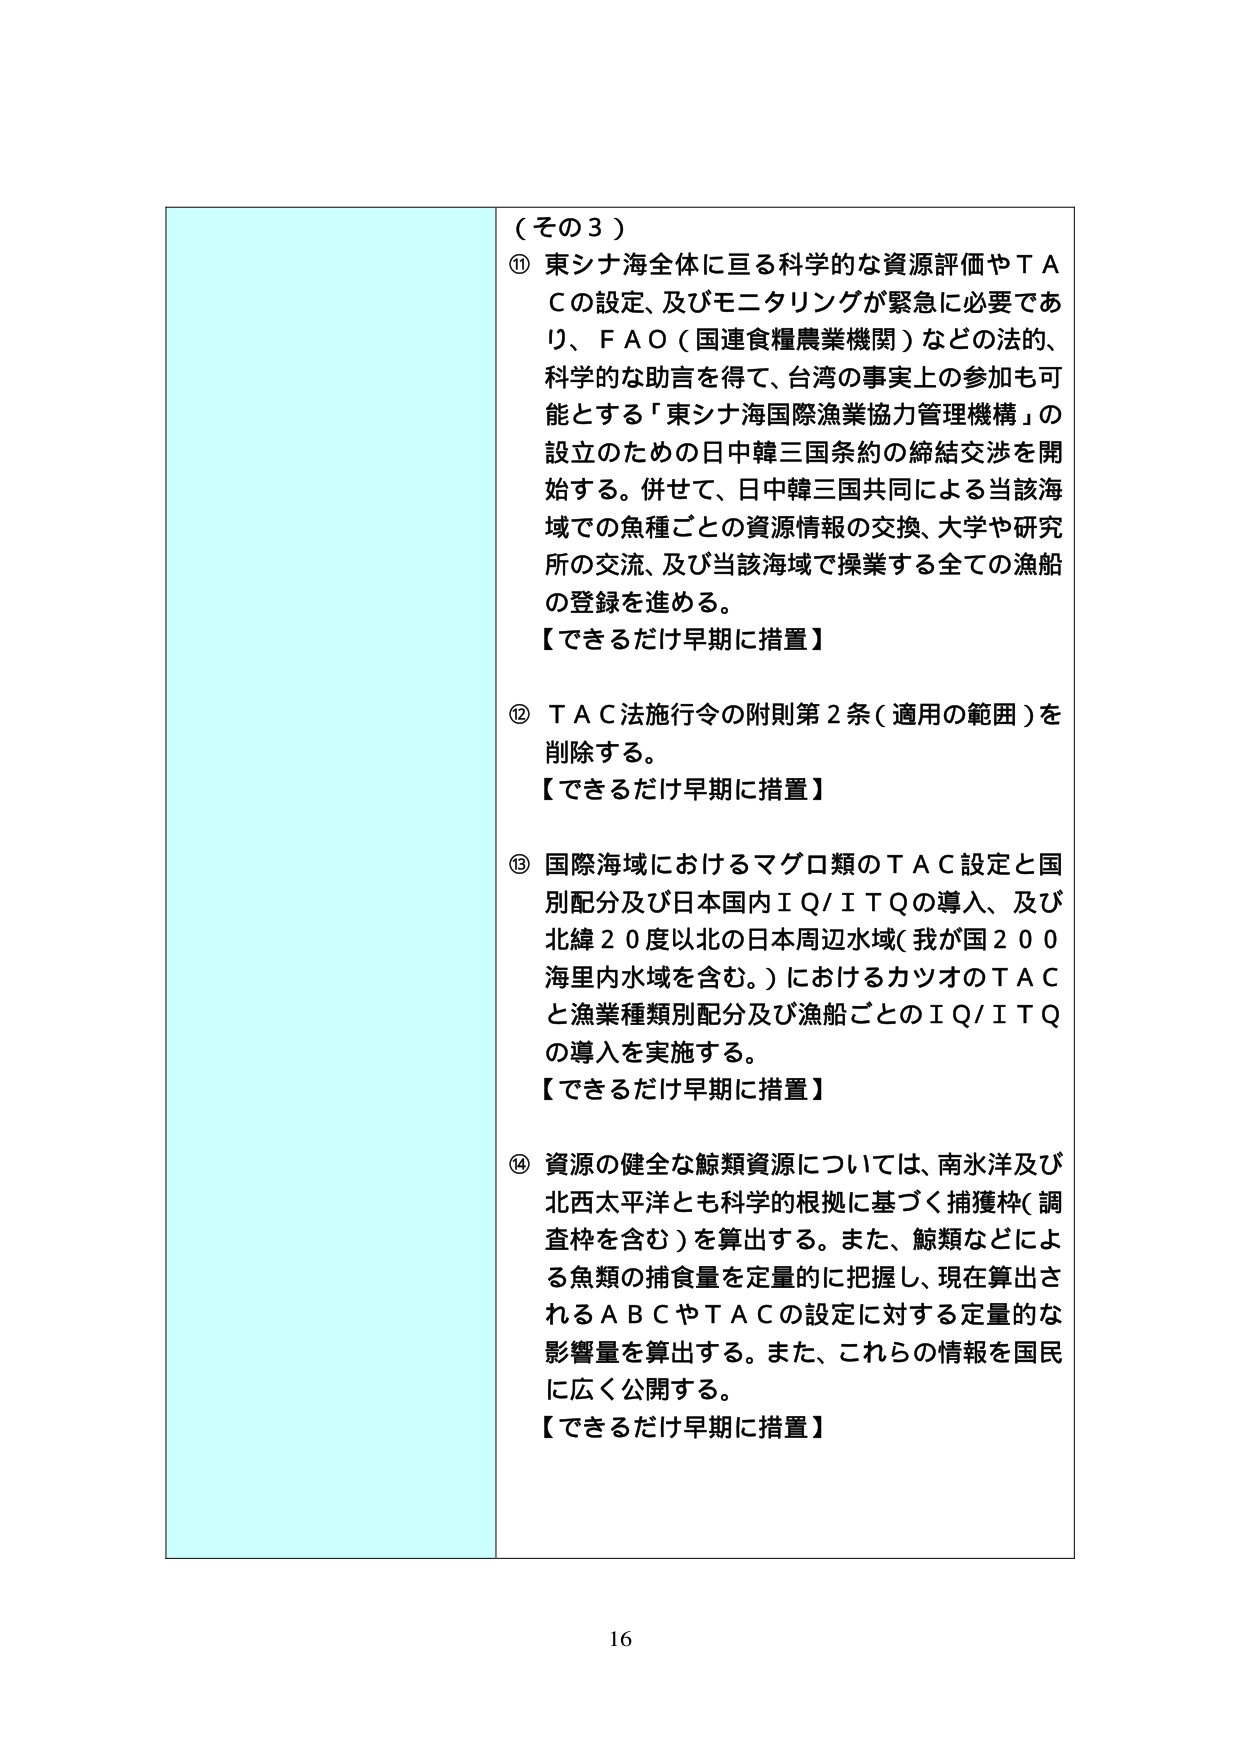
（その３）

⑪ 東シナ海全体に亘る科学的な資源評価やＴＡＣの設定、及びモニタリングが緊急に必要であり、ＦＡＯ（国連食糧農業機関）などの法的、科学的な助言を得て、台湾の事実上の参加も可能とする「東シナ海国際漁業協力管理機構」の設立のための日中韓三国条約の締結交渉を開始する。併せて、日中韓三国共同による当該海域での魚種ごとの資源情報の交換、大学や研究所の交流、及び当該海域で操業する全ての漁船の登録を進める。
【できるだけ早期に措置】

⑫ ＴＡＣ法施行令の附則第２条（適用の範囲）を削除する。
【できるだけ早期に措置】

⑬ 国際海域におけるマグロ類のＴＡＣ設定と国別配分及び日本国内ＩＱ／ＩＴＱの導入、及び北緯２０度以北の日本周辺水域（我が国２００海里内水域を含む。）におけるカツオのＴＡＣと漁業種類別配分及び漁船ごとのＩＱ／ＩＴＱの導入を実施する。
【できるだけ早期に措置】

⑭ 資源の健全な鯨類資源については、南氷洋及び北西太平洋とも科学的根拠に基づく捕獲枠（調査枠を含む）を算出する。また、鯨類などによる魚類の捕食量を定量的に把握し、現在算出されるＡＢＣやＴＡＣの設定に対する定量的な影響量を算出する。また、これらの情報を国民に広く公開する。
【できるだけ早期に措置】

16